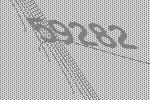
59282